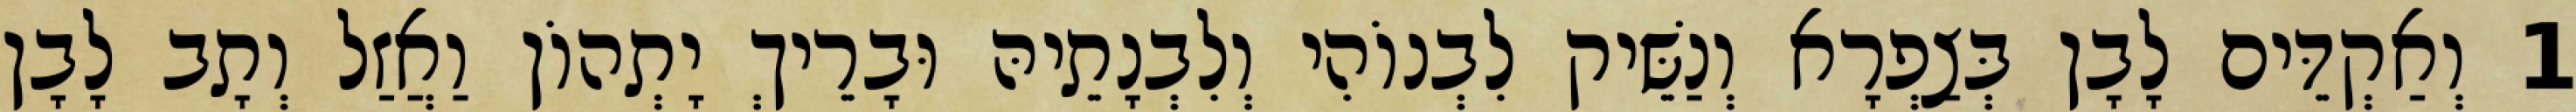
1 וְאַקְדֵּים לָבָן בְּצַפְרָא וְנַשֵּׁיק לִבְנוֹהִי וְלִבְנָתֵיהּ וּבָרֵיךְ יָתְהוֹן וַאֲזַל וְתָב לָבָן